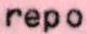
repo